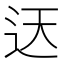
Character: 迗